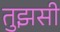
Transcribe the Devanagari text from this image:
तुझसी